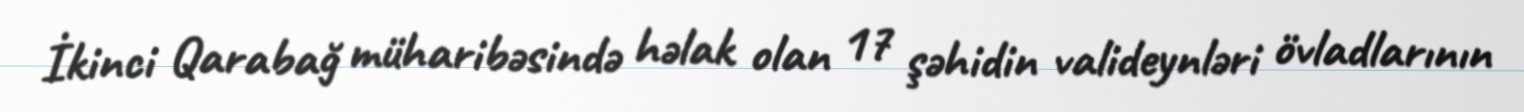
İkinci Qarabağ müharibəsində həlak olan 17 şəhidin valideynləri övladlarının